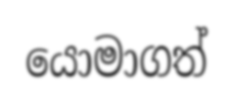
යොමාගත්